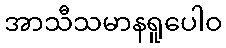
အာသီသမာနရူပေါဝ